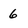
Character: 6